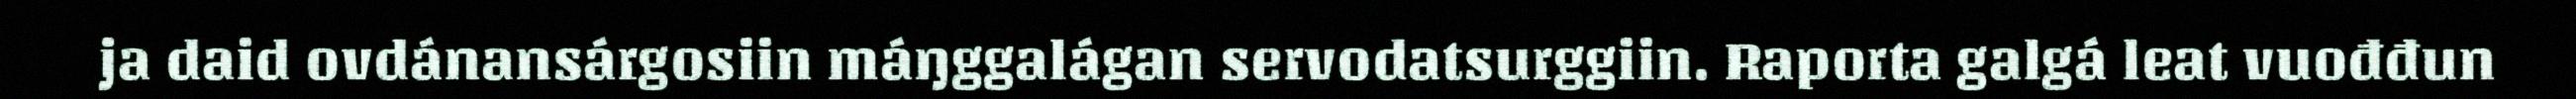
ja daid ovdánansárgosiin máŋggalágan servodatsurggiin. Raporta galgá leat vuođđun